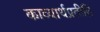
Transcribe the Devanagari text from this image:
काव्यार्थप्रतीति